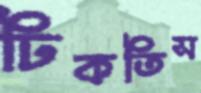
ঢিকতিস